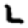
Digit: 2